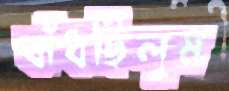
বাঁধছিলুম